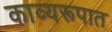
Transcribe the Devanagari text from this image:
काव्यरूपात